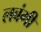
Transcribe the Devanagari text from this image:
लबंगी